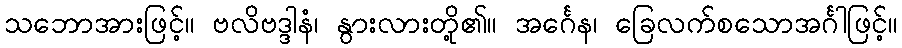
သဘောအားဖြင့်။ ဗလိဗဒ္ဒါနံ၊ နွားလားတို့၏။ အင်္ဂေန၊ ခြေလက်စသောအင်္ဂါဖြင့်။